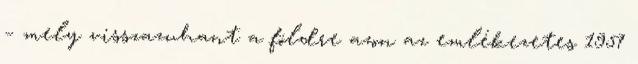
– mely visszazuhant a földre azon az emlékezetes 1957